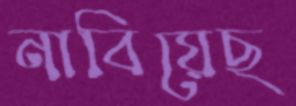
নাবিয়েছ